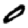
Digit: 0